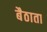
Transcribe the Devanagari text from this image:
बैठाता